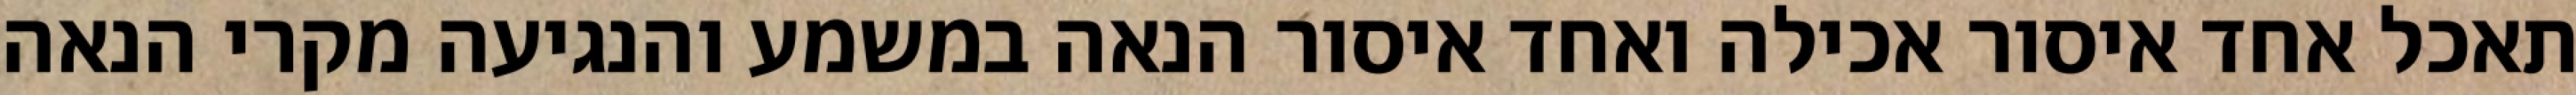
תאכל אחד איסור אכילה ואחד איסור הנאה במשמע והנגיעה מקרי הנאה